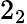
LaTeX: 2_{2}